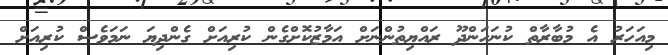
މިއަހަރު އެ މުބާރާތް ކުނަހަންދޫ ރައްޔިތުންނަށް އަމާޒުކޮށްގެން ކުރިއަށް ގެންދިޔަ ނަމަވެސް ކުރިއަށް